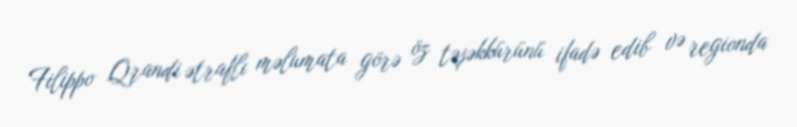
Filippo Qrandi ətraflı məlumata görə öz təşəkkürünü ifadə edib və regionda